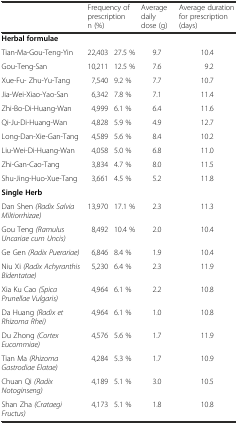
<table><thead><tr><td></td><td colspan="2"><b>Frequency of prescription n (%)</b></td><td><b>Average daily dose (g)</b></td><td><b>Average duration for prescription (days)</b></td></tr></thead><tbody><tr><td><b>Herbal formulae</b></td><td></td><td></td><td></td><td></td></tr><tr><td>Tian-Ma-Gou-Teng-Yin</td><td>22,403</td><td>27.5 %</td><td>9.7</td><td>10.4</td></tr><tr><td>Gou-Teng-San</td><td>10,211</td><td>12.5 %</td><td>7.6</td><td>9.2</td></tr><tr><td>Xue-Fu- Zhu-Yu-Tang</td><td>7,540</td><td>9.2 %</td><td>7.7</td><td>10.7</td></tr><tr><td>Jia-Wei-Xiao-Yao-San</td><td>6,342</td><td>7.8 %</td><td>7.1</td><td>11.4</td></tr><tr><td>Zhi-Bo-Di-Huang-Wan</td><td>4,999</td><td>6.1 %</td><td>6.4</td><td>11.6</td></tr><tr><td>Qi-Ju-Di-Huang-Wan</td><td>4,828</td><td>5.9 %</td><td>4.9</td><td>12.7</td></tr><tr><td>Long-Dan-Xie-Gan-Tang</td><td>4,589</td><td>5.6 %</td><td>8.4</td><td>10.2</td></tr><tr><td>Liu-Wei-Di-Huang-Wan</td><td>4,058</td><td>5.0 %</td><td>6.8</td><td>11.0</td></tr><tr><td>Zhi-Gan-Cao-Tang</td><td>3,834</td><td>4.7 %</td><td>8.0</td><td>11.5</td></tr><tr><td>Shu-Jing-Huo-Xue-Tang</td><td>3,661</td><td>4.5 %</td><td>5.2</td><td>11.8</td></tr><tr><td><b>Single Herb</b></td><td></td><td></td><td></td><td></td></tr><tr><td>Dan Shen <i>(Radix Salvia Miltiorrhizae)</i></td><td>13,970</td><td>17.1 %</td><td>2.3</td><td>11.3</td></tr><tr><td>Gou Teng <i>(Ramulus Uncariae cum Uncis)</i></td><td>8,492</td><td>10.4 %</td><td>2.0</td><td>10.4</td></tr><tr><td>Ge Gen <i>(Radix Puerariae)</i></td><td>6,846</td><td>8.4 %</td><td>1.9</td><td>10.4</td></tr><tr><td>Niu Xi <i>(Radix Achyranthis Bidentatae)</i></td><td>5,230</td><td>6.4 %</td><td>2.3</td><td>11.9</td></tr><tr><td>Xia Ku Cao <i>(Spica Prunellae Vulgaris)</i></td><td>4,964</td><td>6.1 %</td><td>2.2</td><td>10.8</td></tr><tr><td>Da Huang <i>(Radix et Rhizoma Rhei)</i></td><td>4,964</td><td>6.1 %</td><td>1.0</td><td>10.8</td></tr><tr><td>Du Zhong <i>(Cortex Eucommiae)</i></td><td>4,576</td><td>5.6 %</td><td>1.7</td><td>11.9</td></tr><tr><td>Tian Ma <i>(Rhizoma Gastrodiae Elatae)</i></td><td>4,284</td><td>5.3 %</td><td>1.7</td><td>10.9</td></tr><tr><td>Chuan Qi <i>(Radix Notoginseng)</i></td><td>4,189</td><td>5.1 %</td><td>3.0</td><td>10.5</td></tr><tr><td>Shan Zha <i>(Crataegi Fructus)</i></td><td>4,173</td><td>5.1 %</td><td>1.8</td><td>10.8</td></tr></tbody></table>